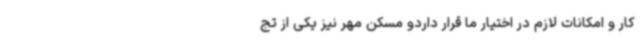
کار و امکانات لازم در اختیار ما قرار داردو مسکن مهر نیز یکی از تج